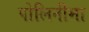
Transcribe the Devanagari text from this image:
पोलिनीमा